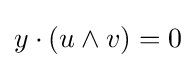
y\cdot (u\wedge v)=0